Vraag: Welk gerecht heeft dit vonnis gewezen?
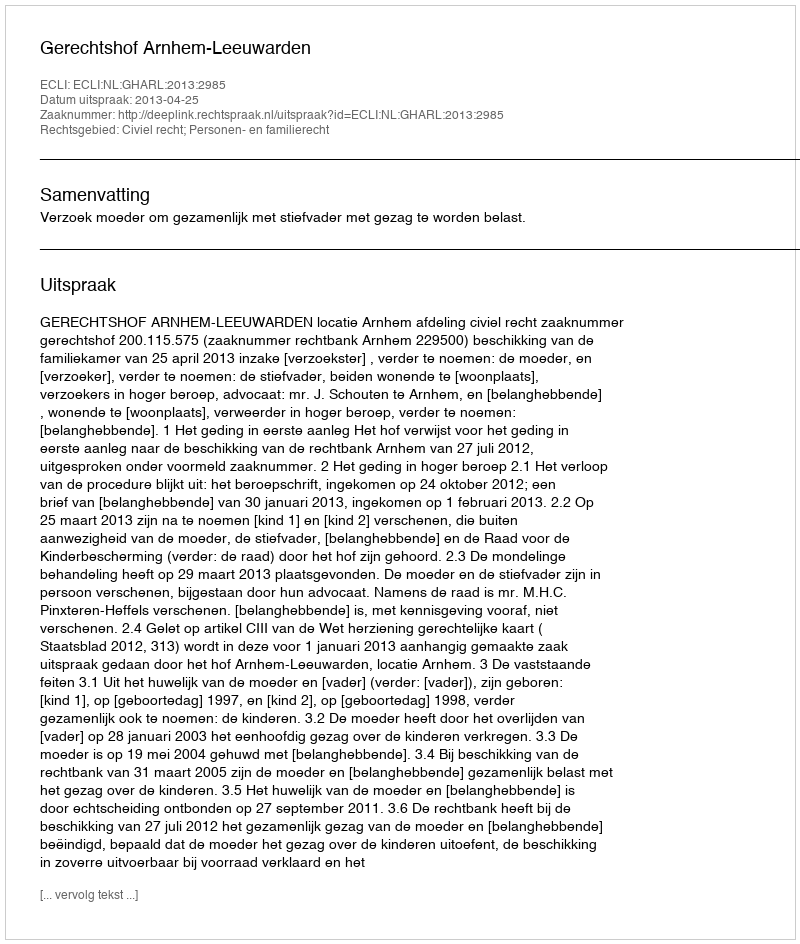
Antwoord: Gerechtshof Arnhem-Leeuwarden